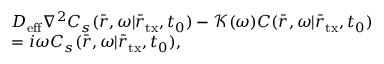
\begin{array} { r l } & { D _ { \mathrm { e f f } } { \nabla ^ { 2 } } C _ { s } ( \bar { r } , \omega | { { \bar { r } } _ { \mathrm { t x } } } , { t _ { 0 } } ) - \mathcal K ( \omega ) C ( \bar { r } , \omega | { { \bar { r } } _ { \mathrm { t x } } } , { t _ { 0 } } ) } \\ & { = i \omega C _ { s } ( \bar { r } , \omega | { { \bar { r } } _ { \mathrm { t x } } } , { t _ { 0 } } ) , } \end{array}